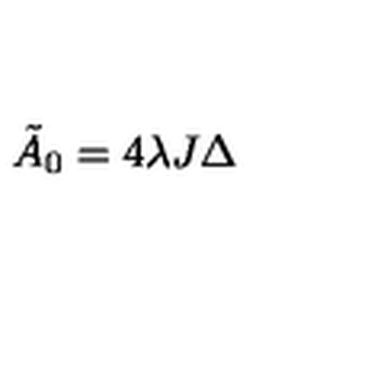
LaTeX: { \tilde { A } } _ { 0 } = 4 \lambda J \Delta